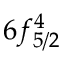
6 f _ { 5 / 2 } ^ { 4 }